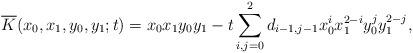
LaTeX: \begin{align*} \overline{K}(x_0,x_1,y_0,y_1;t)= x_0x_1y_0y_1 -t \sum_{i,j=0}^2 d_{i-1,j-1} x_0^{i} x_1^{2-i}y_0^j y_1^{2-j},\end{align*}